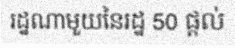
រដ្ឋណាមួយនៃរដ្ឋ 50 ផ្តល់